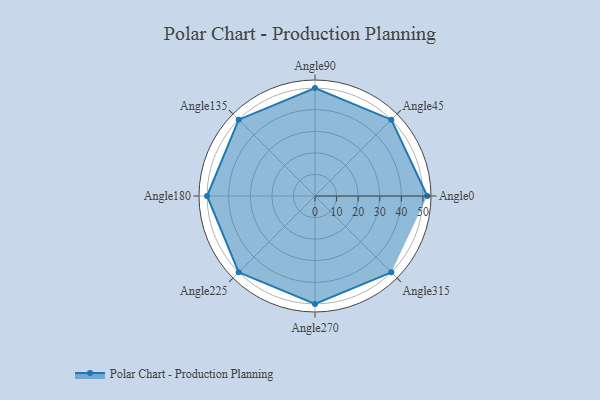
{"axis": {"x": "Angle", "y": "Radius"}, "legend": [""], "data": [{"x": "Angle0", "y": 52.0, "type": ""}, {"x": "Angle45", "y": 50, "type": ""}, {"x": "Angle90", "y": 50, "type": ""}, {"x": "Angle135", "y": 50, "type": ""}, {"x": "Angle180", "y": 50, "type": ""}, {"x": "Angle225", "y": 50, "type": ""}, {"x": "Angle270", "y": 50, "type": ""}, {"x": "Angle315", "y": 50, "type": ""}]}